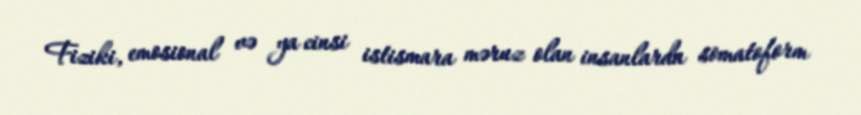
Fiziki, emosional və ya cinsi istismara məruz olan insanlarda somatoform